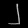
Digit: ၂